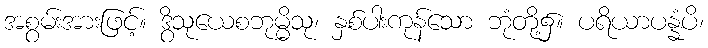
အစွမ်းအားဖြင့်။ ဒွိသုယေစဘုမ္မိသု၊ နှစ်ပါးကုန်သော ဘုံတို့၌။ ပရိယာပန္နံပိ၊